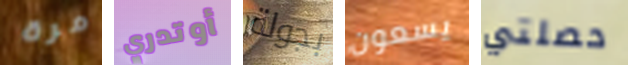
مرة أوتدري بجولة يسعون حصلتي